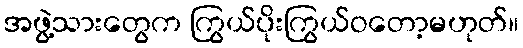
အဖွဲ့သားတွေက ကြွယ်ပိုးကြွယ်ဝတော့မဟုတ်။